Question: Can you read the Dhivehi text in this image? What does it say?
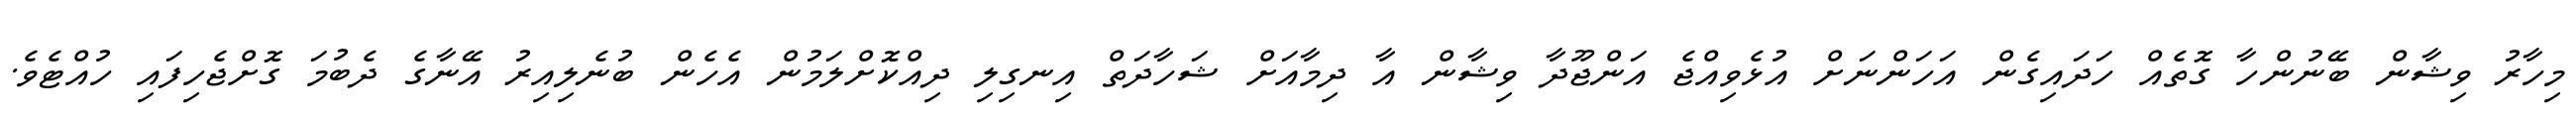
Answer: މިހާރު ވިޝާން ބޭނުންހާ ގޮތެއް ހަދައިގެން އަހަންނަށް އުޅެވިއްޖެ އަންޖޫދާ ވިޝާން އާ ދިމާއަށް ޝަހާދަތް އިނގިލި ދިއްކޮށްލަމުން އެހެން ބުނެލިއިރު އޭނާގެ ދެބުމަ ގޮށްޖެހިފައި ހުއްޓެވެ.